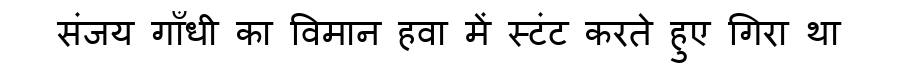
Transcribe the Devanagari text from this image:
संजय गाँधी का विमान हवा में स्टंट करते हुए गिरा था